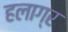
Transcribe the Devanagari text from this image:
हलाग्र